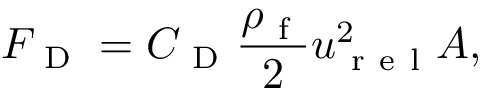
F _ { \mathrm { ~ D ~ } } = C _ { \mathrm { ~ D ~ } } \frac { \rho _ { \mathrm { ~ f ~ } } } { 2 } u _ { \mathrm { ~ r ~ e ~ l ~ } } ^ { 2 } A ,